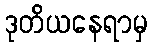
ဒုတိယနေရာမှ